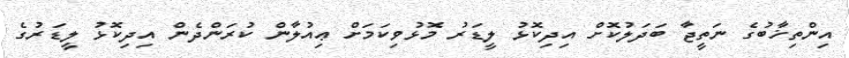
އިންތިޚާބުގެ ނަތީޖާ ބަދަލުކޮށް އިދިކޮޅު ލީޑަރު މޮޅުވިކަމަށް ޢިއުލާން ކުރަންދެން އިދިކޮޅު ލީޑަރުގެ